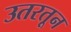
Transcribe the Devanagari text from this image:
उतरतून